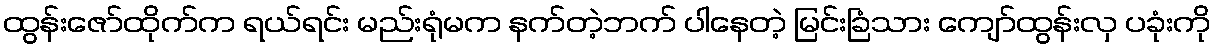
ထွန်းဇော်ထိုက်က ရယ်ရင်း မည်းရုံမက နက်တဲ့ဘက် ပါနေတဲ့ မြင်းခြံသား ကျော်ထွန်းလှ ပခုံးကို